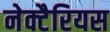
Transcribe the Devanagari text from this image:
नेक्टैरियस